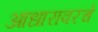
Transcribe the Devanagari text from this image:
आधारावरचे